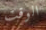
الوقت